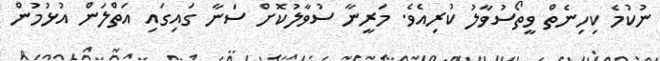
ނުކުމެ ކިހިނެތް ވީތޯސުވާލު ކުރިއެވެ. މަރީނާ ސުވާލުކޮށް ސަނާ ގައިގައި އަތްލަން އުޅުމުން